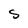
Character: S